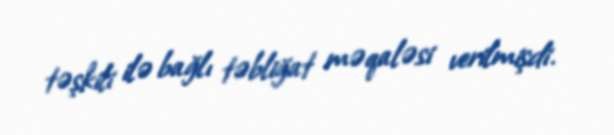
təşkili ilə bağlı təbliğat məqaləsi verilmişdi.